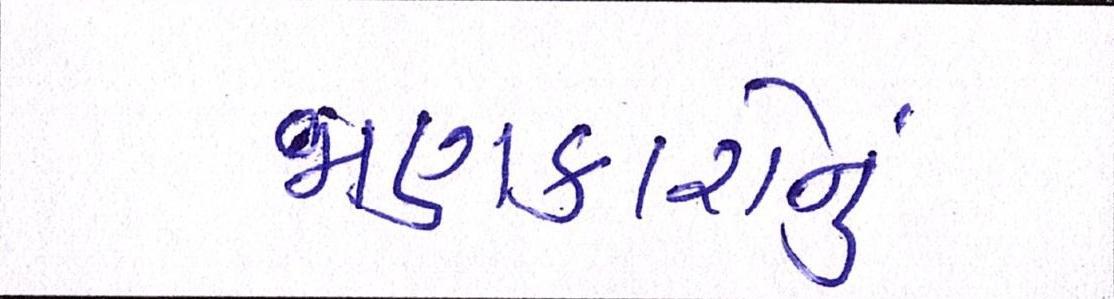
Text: જાણકારોનું